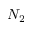
N _ { 2 }